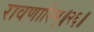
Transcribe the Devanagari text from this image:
रावणारिम्‌॥२६॥